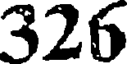
326